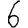
Digit: 6